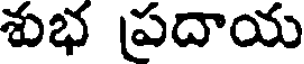
శుభ ప్రదాయ